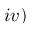
i v )